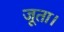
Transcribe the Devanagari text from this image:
जूता।